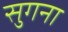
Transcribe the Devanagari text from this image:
सुगना